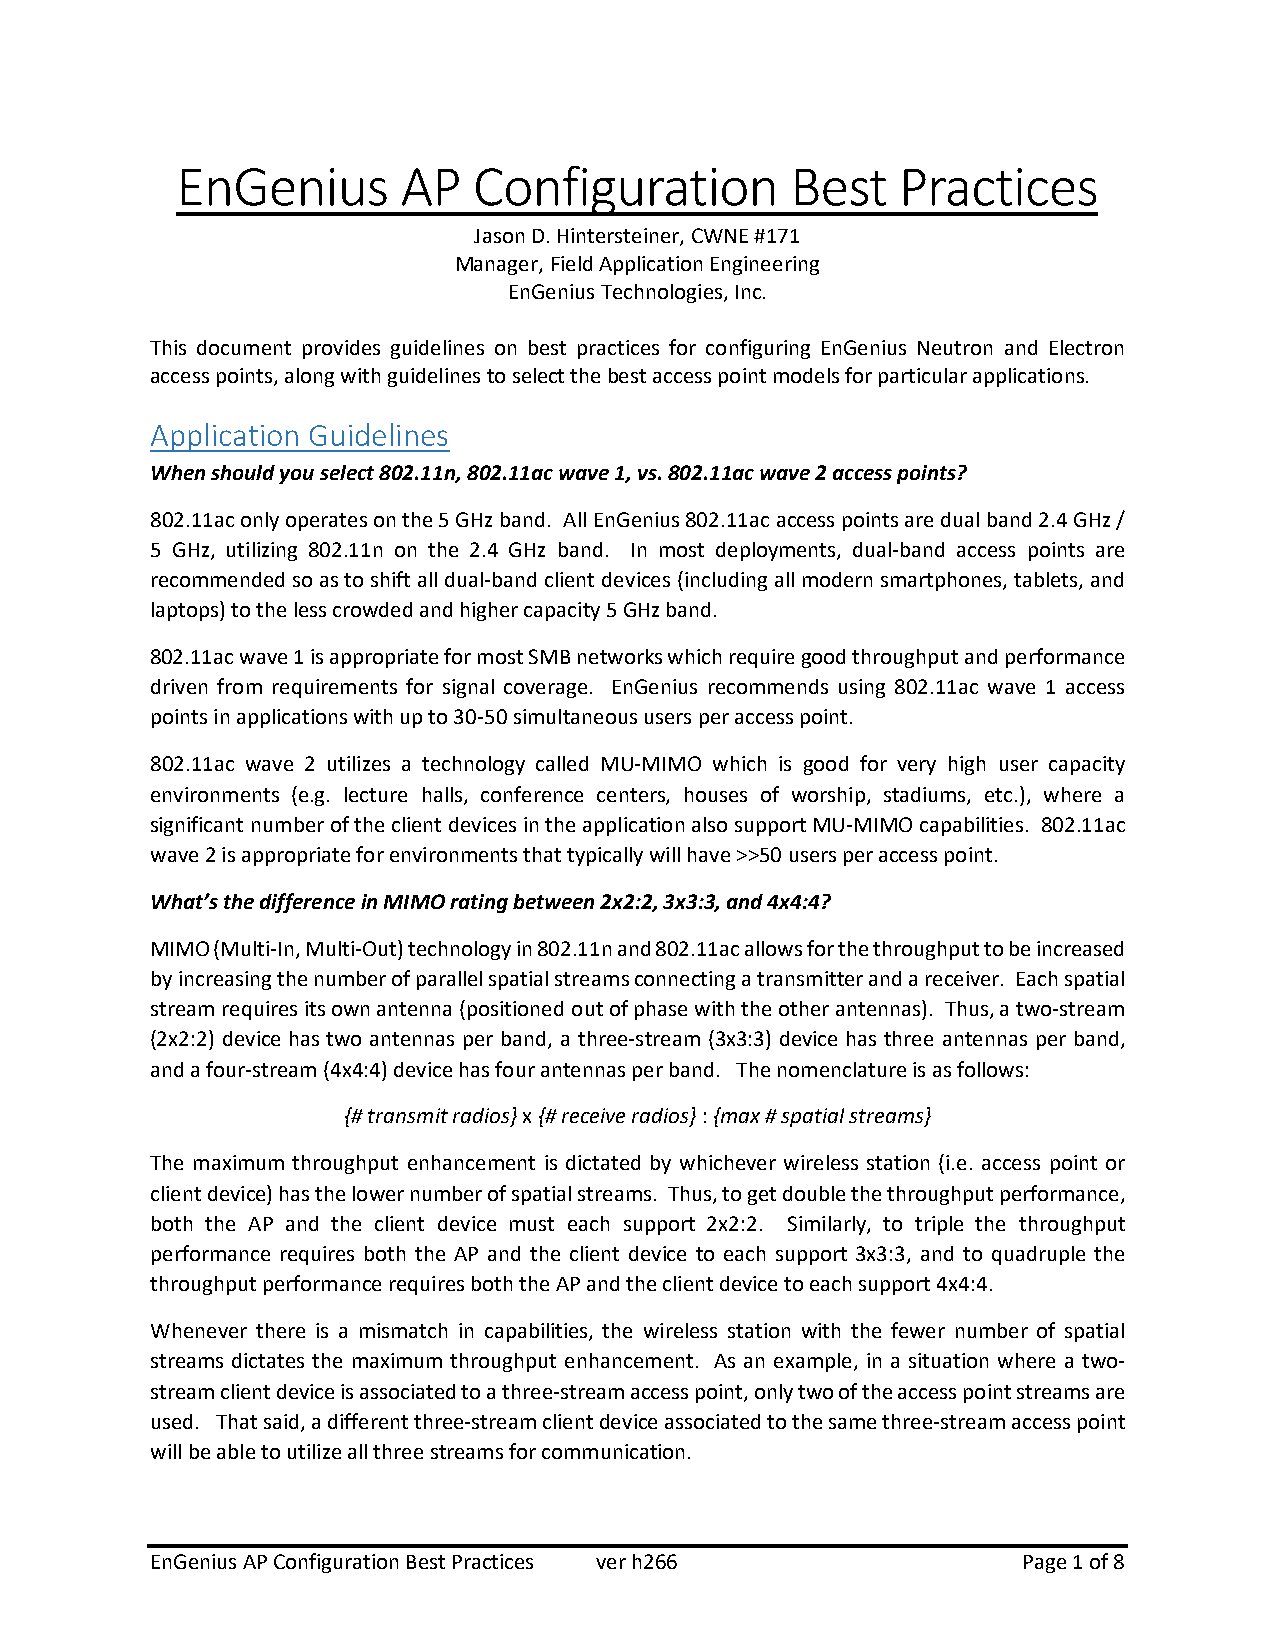
EnGenius       AP  Configuration        Best    Practices
 Jason D. Hintersteiner, CWNE #171
 Manager, Field Application Engineering
 EnGenius Technologies, Inc.
 This document provides guidelines on best practices for configuring EnGenius Neutron and Electron
 access points, along with guidelines to select the best access point models for particular applications.
 Application Guidelines
 When should you select 802.11n, 802.11ac wave 1, vs. 802.11ac wave 2 access points?
 802.11ac only operates on the 5 GHz band. All EnGenius 802.11ac access points are dual band 2.4 GHz /
 5 GHz, utilizing 802.11n on the 2.4 GHz band. In most deployments, dual-band access points are
 recommended so as to shift all dual-band client devices (including all modern smartphones, tablets, and
 laptops) to the less crowded and higher capacity 5 GHz band.
 802.11ac wave 1 is appropriate for most SMB networks which require good throughput and performance
 driven from requirements for signal coverage. EnGenius recommends using 802.11ac wave 1 access
 points in applications with up to 30-50 simultaneous users per access point.
 802.11ac wave 2 utilizes a technology called MU-MIMO which is good for very high user capacity
 environments (e.g. lecture halls, conference centers, houses of worship, stadiums, etc.), where a
 significant number of the client devices in the application also support MU-MIMO capabilities. 802.11ac
 wave 2 is appropriate for environments that typically will have >>50 users per access point.
 What’s the difference in MIMO rating between 2x2:2, 3x3:3, and 4x4:4?
 MIMO (Multi-In, Multi-Out) technology in 802.11n and 802.11ac allows for the throughput to be increased
 by increasing the number of parallel spatial streams connecting a transmitter and a receiver. Each spatial
 stream requires its own antenna (positioned out of phase with the other antennas). Thus, a two-stream
 (2x2:2) device has two antennas per band, a three-stream (3x3:3) device has three antennas per band,
 and a four-stream (4x4:4) device has four antennas per band. The nomenclature is as follows:
 {# transmit radios} x {# receive radios} : {max # spatial streams}
 The maximum throughput enhancement is dictated by whichever wireless station (i.e. access point or
 client device) has the lower number of spatial streams. Thus, to get double the throughput performance,
 both the AP and the client device must each support 2x2:2. Similarly, to triple the throughput
 performance requires both the AP and the client device to each support 3x3:3, and to quadruple the
 throughput performance requires both the AP and the client device to each support 4x4:4.
 Whenever there is a mismatch in capabilities, the wireless station with the fewer number of spatial
 streams dictates the maximum throughput enhancement. As an example, in a situation where a two-
 stream client device is associated to a three-stream access point, only two of the access point streams are
 used. That said, a different three-stream client device associated to the same three-stream access point
 will be able to utilize all three streams for communication.
 EnGenius AP Configuration Best Practices ver h266         Page 1 of 8